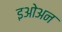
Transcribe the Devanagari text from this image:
इओअन